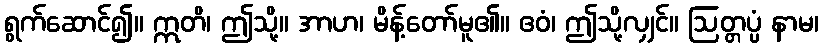
ရွက်ဆောင်၍။ ဣတိ၊ ဤသို့။ အာဟ၊ မိန့်တော်မူ၏။ ဧဝံ၊ ဤသို့လျှင်။ ဩတ္တပ္ပံ နာမ၊